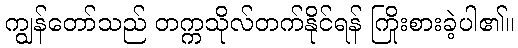
ကျွန်တော်သည် တက္ကသိုလ်တက်နိုင်ရန် ကြိုးစားခဲ့ပါ၏။